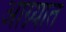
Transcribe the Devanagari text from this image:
आग्न्यात